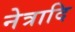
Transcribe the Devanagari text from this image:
नेत्रादि